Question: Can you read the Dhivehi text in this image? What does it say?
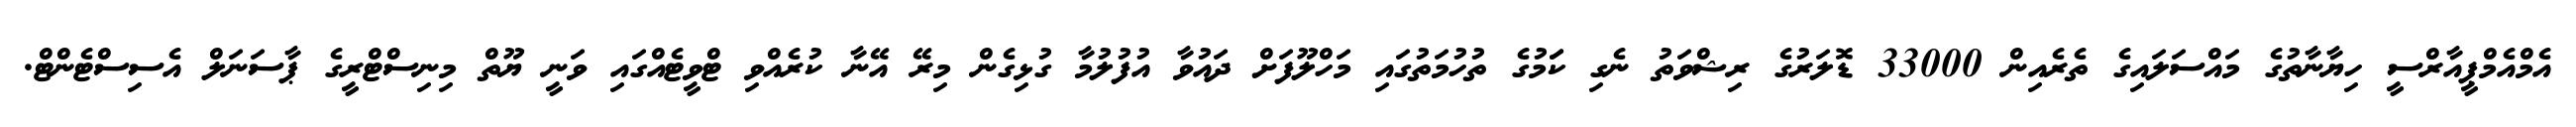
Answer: އެމްއެމްޕީއާރްސީ ހިޔާނާތުގެ މައްސަލައިގެ ތެރެއިން 33000 ޑޮލަރުގެ ރިޝްވަތު ނެގި ކަަމުގެ ތުހުމަތުގައި މަހްލޫފަށް ދައުވާ އުފުލުމާ ގުޅިގެން މިރޭ އޭނާ ކުރެއްވި ޓްވީޓެއްގައި ވަނީ ޔޫތް މިނިސްޓްރީގެ ޕާސަނަލް އެސިސްޓެންޓް.